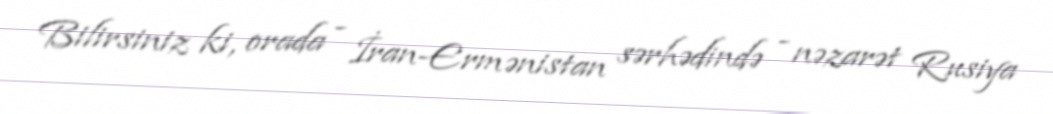
Bilirsiniz ki, orada - İran-Ermənistan sərhədində - nəzarət Rusiya